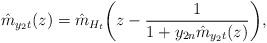
LaTeX: \begin{align*} \hat{m}_{y_2t}(z)=\hat{m}_{H_t} \biggl(z-\frac{1}{1+y_{2n}\hat{m}_{y_2t}(z)} \biggr),\end{align*}